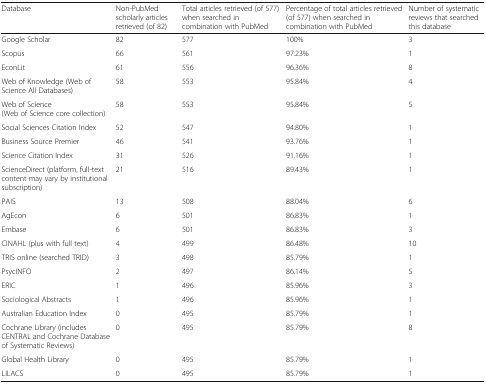
<table><thead><tr><td><b>Database</b></td><td><b>Non-PubMed scholarly articles retrieved (of 82)</b></td><td><b>Total articles retrieved (of 577) when searched in combination with PubMed</b></td><td><b>Percentage of total articles retrieved (of 577) when searched in combination with PubMed</b></td><td><b>Number of systematic reviews that searched this database</b></td></tr></thead><tbody><tr><td>Google Scholar</td><td>82</td><td>577</td><td>100%</td><td>3</td></tr><tr><td>Scopus</td><td>66</td><td>561</td><td>97.23%</td><td>1</td></tr><tr><td>EconLit</td><td>61</td><td>556</td><td>96.36%</td><td>8</td></tr><tr><td>Web of Knowledge (Web of Science All Databases)</td><td>58</td><td>553</td><td>95.84%</td><td>4</td></tr><tr><td>Web of Science(Web of Science core collection)</td><td>58</td><td>553</td><td>95.84%</td><td>5</td></tr><tr><td>Social Sciences Citation Index</td><td>52</td><td>547</td><td>94.80%</td><td>1</td></tr><tr><td>Business Source Premier</td><td>46</td><td>541</td><td>93.76%</td><td>1</td></tr><tr><td>Science Citation Index</td><td>31</td><td>526</td><td>91.16%</td><td>1</td></tr><tr><td>ScienceDirect (platform, full-text content may vary by institutional subscription)</td><td>21</td><td>516</td><td>89.43%</td><td>1</td></tr><tr><td>PAIS</td><td>13</td><td>508</td><td>88.04%</td><td>6</td></tr><tr><td>AgEcon</td><td>6</td><td>501</td><td>86.83%</td><td>1</td></tr><tr><td>Embase</td><td>6</td><td>501</td><td>86.83%</td><td>3</td></tr><tr><td>CINAHL (plus with full text)</td><td>4</td><td>499</td><td>86.48%</td><td>10</td></tr><tr><td>TRIS online (searched TRID)</td><td>3</td><td>498</td><td>85.79%</td><td>1</td></tr><tr><td>PsycINFO</td><td>2</td><td>497</td><td>86.14%</td><td>5</td></tr><tr><td>ERIC</td><td>1</td><td>496</td><td>85.96%</td><td>3</td></tr><tr><td>Sociological Abstracts</td><td>1</td><td>496</td><td>85.96%</td><td>1</td></tr><tr><td>Australian Education Index</td><td>0</td><td>495</td><td>85.79%</td><td>1</td></tr><tr><td>Cochrane Library (includes CENTRAL and Cochrane Database of Systematic Reviews)</td><td>0</td><td>495</td><td>85.79%</td><td>8</td></tr><tr><td>Global Health Library</td><td>0</td><td>495</td><td>85.79%</td><td>1</td></tr><tr><td>LILACS</td><td>0</td><td>495</td><td>85.79%</td><td>1</td></tr></tbody></table>